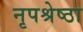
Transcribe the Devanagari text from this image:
नृपश्रेष्ठा